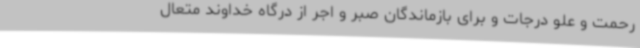
رحمت و علو درجات و برای بازماندگان صبر و اجر از درگاه خداوند متعال